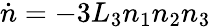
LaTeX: \dot{n}=-3L_{3}n_{1}n_{2}n_{3}